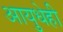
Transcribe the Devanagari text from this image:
आयुधेही